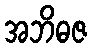
အဘိဓဇ